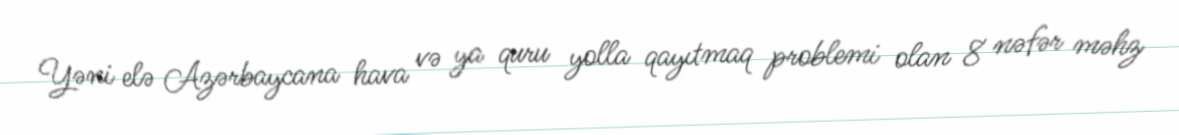
Yəni elə Azərbaycana hava və ya quru yolla qayıtmaq problemi olan 8 nəfər məhz